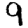
Digit: 9